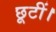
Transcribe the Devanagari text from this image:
छूटीं।